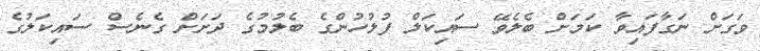
ވަގަށް ނަގާފައިވާ ކަމަށް ބެލެވޭ ސައިކަލް ފުލުހުންގެ ބެލުމުގެ ދަށަށް ގެނެސް ސައިކަލުގެ